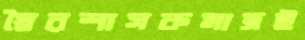
স্বৈরশাসকমাত্রই